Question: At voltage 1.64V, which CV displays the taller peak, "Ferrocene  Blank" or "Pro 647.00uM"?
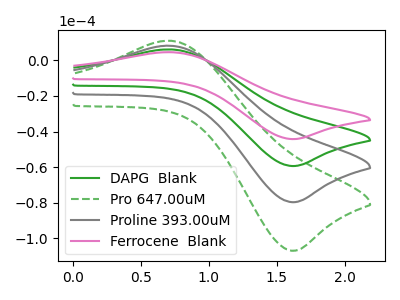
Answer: <think>The green curve "DAPG  Blank" has an anodic peak at (0.70V, 6.10uA) and a cathodic peak at (1.65V, -59.35uA). The green dashed curve "Pro 647.00uM" has an anodic peak at (0.70V, 18.25uA) and a cathodic peak at (1.65V, -178.10uA). The gray curve "Proline 393.00uM" has an anodic peak at (0.70V, 12.15uA) and a cathodic peak at (1.65V, -118.70uA). The pink curve "Ferrocene  Blank" has an anodic peak at (0.70V, 4.55uA) and a cathodic peak at (1.65V, -44.25uA).</think>
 <answer>The peak at 1.64V is lower in "Ferrocene  Blank" than in "Pro 647.00uM".</answer>
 <eval>lower</eval>